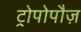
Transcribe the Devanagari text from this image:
ट्रोपोपौज़